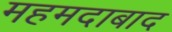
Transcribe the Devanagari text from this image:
महमदाबाद